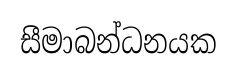
සීමාබන්ධනයක